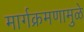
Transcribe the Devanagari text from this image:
मार्गक्रमणामुळे